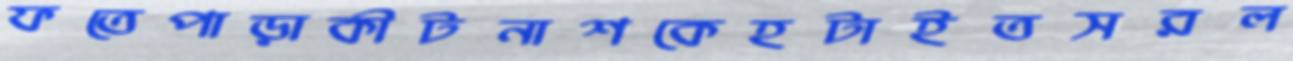
ফতেপাড়াকীটনাশকেহটাইতসরল